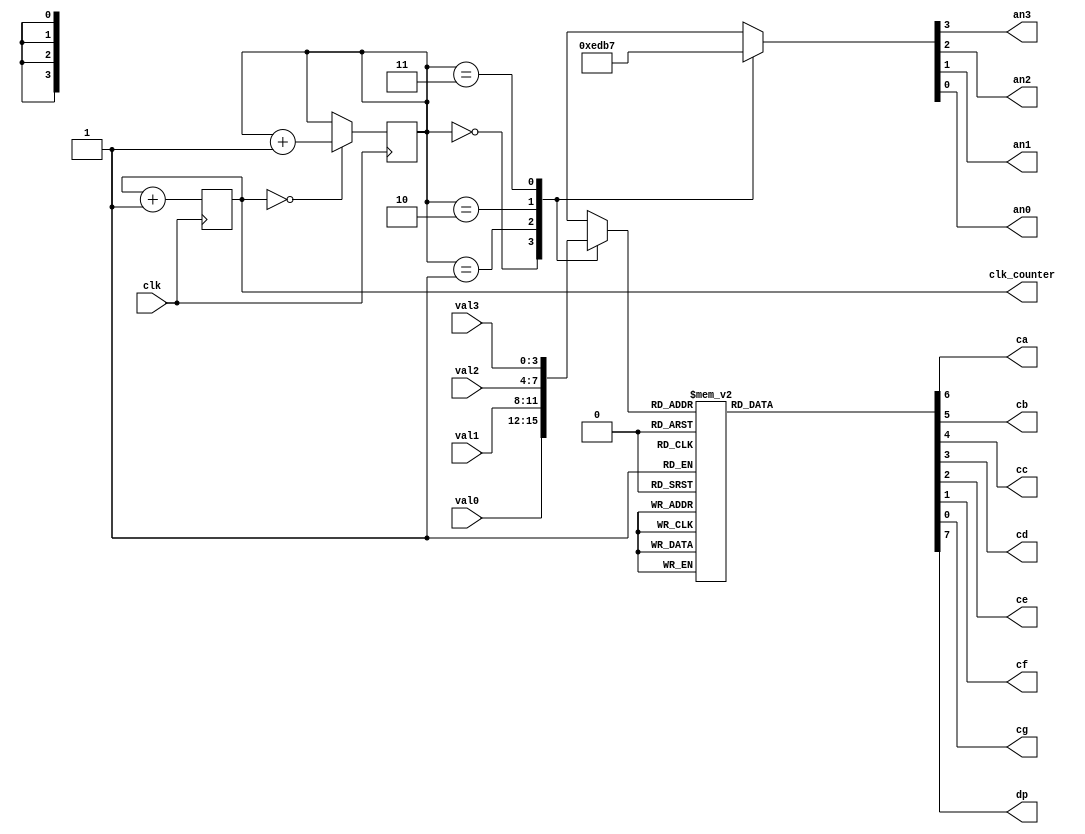
module quad_seven_seg (
input wire clk,
input wire [3:0] val3,
input wire [3:0] val2,
input wire [3:0] val1,
input wire [3:0] val0,
output wire an3,
output wire an2,
output wire an1,
output wire an0,
output wire ca,
output wire cb,
output wire cc,
output wire cd,
output wire ce,
output wire cf,
output wire cg,
output wire dp,
output reg [4:0] clk_counter
);

reg clk_counter = 0;
reg [1:0] count = 0;

always@(posedge clk)
    begin
        clk_counter <= clk_counter + 1;
    end

always@(posedge clk)
    begin
        if(clk_counter == 0)
            begin
                count <= count + 1;
            end
    end

reg [3:0] state;

always@(*)
    begin
        case(count)
            0: state = 4'b1110;
            1: state = 4'b1101;
            2: state = 4'b1011;
            3: state = 4'b0111;
            default: state = 4'bxxxx;
        endcase
    end
   
assign an3 = state[3];
assign an2 = state[2];
assign an1 = state[1];
assign an0 = state[0];


reg [3:0]val;

always@(*)
    begin
        case(count)
            0: val = val0;
            1: val = val1;
            2: val = val2;
            3: val = val3;
            default: val = 4'bxxxx;
        endcase
    end

reg [15:0] ssd;

always@(*)
begin
case(val)
0: ssd = 8'b1000_0001;
1: ssd = 8'b1100_1111;
2: ssd = 8'b1001_0010;
3: ssd = 8'b1000_0110;
4: ssd = 8'b1100_1100;
5: ssd = 8'b1010_0100;
6: ssd = 8'b1010_0000;
7: ssd = 8'b1000_1111;
8: ssd = 8'b1000_0000;
9: ssd = 8'b1000_0100;
10: ssd = 8'b1000_1000;
11: ssd = 8'b1110_0000;
12: ssd = 8'b1011_0001;
13: ssd = 8'b1100_0010;
14: ssd = 8'b1011_0000;
15: ssd = 8'b1011_1000;
default: ssd = 8'b1111_1110;
endcase
end

assign dp = ssd[7];
assign ca = ssd[6];
assign cb = ssd[5];
assign cc = ssd[4];
assign cd = ssd[3];
assign ce = ssd[2];
assign cf = ssd[1];
assign cg = ssd[0];

endmodule